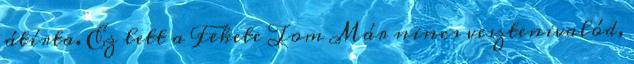
átírta. Ez lett a Fekete Tom Már ​nincs vesztenivalód,